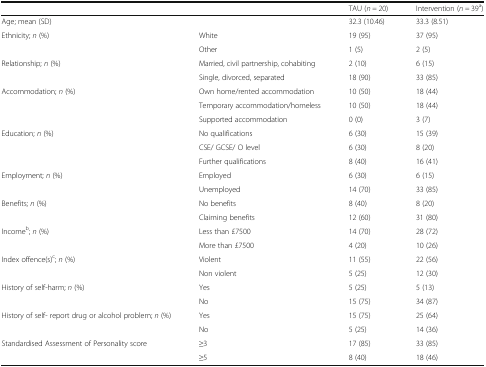
|  |  | TAU (n = 20) | Intervention (n = 39a) |
 | --- | --- | --- | --- |
 | Age; mean (SD) |  | 32.3 (10.46) | 33.3 (8.51) |
 | <ROWSPAN=2> Ethnicity; n (%) | White | 19 (95) | 37 (95) |
 | Other | 1 (5) | 2 (5) |
 | <ROWSPAN=2> Relationship; n (%) | Married, civil partnership, cohabiting | 2 (10) | 6 (15) |
 | Single, divorced, separated | 18 (90) | 33 (85) |
 | <ROWSPAN=3> Accommodation; n (%) | Own home/rented accommodation | 10 (50) | 18 (44) |
 | Temporary accommodation/homeless | 10 (50) | 18 (44) |
 | Supported accommodation | 0 (0) | 3 (7) |
 | <ROWSPAN=3> Education; n (%) | No qualifications | 6 (30) | 15 (39) |
 | CSE/ GCSE/ O level | 6 (30) | 8 (20) |
 | Further qualifications | 8 (40) | 16 (41) |
 | <ROWSPAN=2> Employment; n (%) | Employed | 6 (30) | 6 (15) |
 | Unemployed | 14 (70) | 33 (85) |
 | <ROWSPAN=2> Benefits; n (%) | No benefits | 8 (40) | 8 (20) |
 | Claiming benefits | 12 (60) | 31 (80) |
 | <ROWSPAN=2> Incomeb; n (%) | Less than £7500 | 14 (70) | 28 (72) |
 | More than £7500 | 4 (20) | 10 (26) |
 | <ROWSPAN=2> Index offence(s)c; n (%) | Violent | 11 (55) | 22 (56) |
 | Non violent | 5 (25) | 12 (30) |
 | <ROWSPAN=2> History of self-harm; n (%) | Yes | 5 (25) | 5 (13) |
 | No | 15 (75) | 34 (87) |
 | <ROWSPAN=2> History of self- report drug or alcohol problem; n (%) | Yes | 15 (75) | 25 (64) |
 | No | 5 (25) | 14 (36) |
 | Standardised Assessment of Personality score | ≥3 | 17 (85) | 33 (85) |
 |  | ≥5 | 8 (40) | 18 (46) |